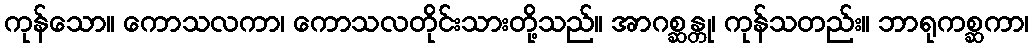
ကုန်သော။ ကောသလကာ၊ ကောသလတိုင်းသားတို့သည်။ အာဂစ္ဆန္တု၊ ကုန်သတည်း။ ဘာရုကစ္ဆကာ၊